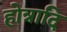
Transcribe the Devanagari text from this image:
होत्रादि